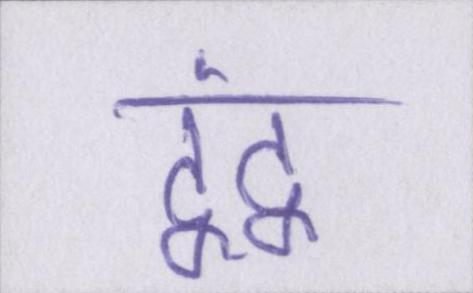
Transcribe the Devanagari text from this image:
द्वंद्व